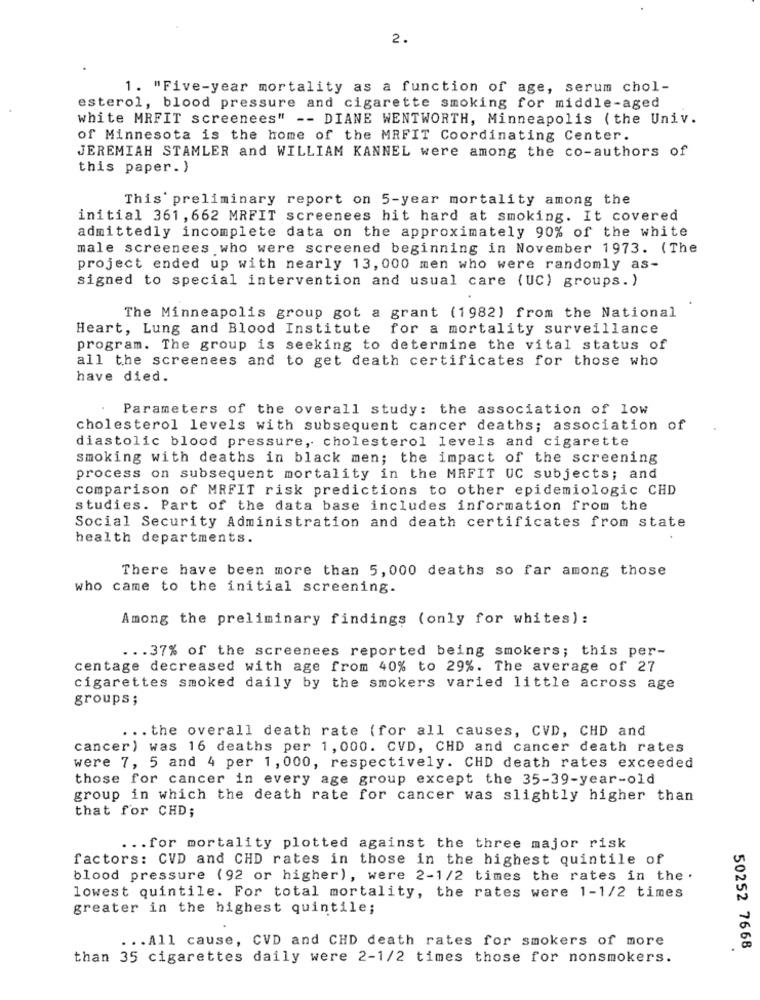
2.
1. "Five-year mortality as a function of age, serum chol-
esterol, blood pressure and cigarette smoking for middle-aged
white MRFIT screenees" -- DIANE WENTWORTH, Minneapolis ( the Univ.
of Minnesota is the home of the MRFIT Coordinating Center.
JEREMIAH STAMLER and WILLIAM KANNEL were among the co-authors of
this paper. )
This' preliminary report on 5-year mortality among the
initial 361, 662 MRFIT screenees hit hard at smoking. It covered
admittedly incomplete data on the approximately 90% of the white
male screenees who were screened beginning in November 1973. (The
project ended up with nearly 13, 000 men who were randomly as-
signed to special intervention and usual care (UC) groups. )
The Minneapolis group got a grant (1982) from the National
Heart, Lung and Blood Institute for a mortality surveillance
program. The group is seeking to determine the vital status of
all the screenees and to get death certificates for those who
have died.
Parameters of the overall study: the association of low
cholesterol levels with subsequent cancer deaths; association of
diastolic blood pressure, cholesterol levels and cigarette
smoking with deaths in black men; the impact of the screening
process on subsequent mortality in the MRFIT UC subjects; and
comparison of MRFIT risk predictions to other epidemiologic CHD
studies. Part of the data base includes information from the
Social Security Administration and death certificates from state
health departments.
There have been more than 5, 000 deaths so far among those
who came to the initial screening.
Among the preliminary findings (only for whites):
... 37% of the screenees reported being smokers; this per-
centage decreased with age from 40% to 29%. The average of 27
cigarettes smoked daily by the smokers varied little across age
groups;
... the overall death rate (for all causes, CVD, CHD and
cancer) was 16 deaths per 1, 000. CVD, CHD and cancer death rates
were 7, 5 and 4 per 1, 000, respectively. CHD death rates exceeded
those for cancer in every age group except the 35-39-year-old
group in which the death rate for cancer was slightly higher than
that for CHD;
... for mortality plotted against the three major risk
factors: CVD and CHD rates in those in the highest quintile of
blood pressure (92 or higher), were 2-1/2 times the rates in the .
lowest quintile. For total mortality, the rates were 1-1/2 times
greater in the highest quintile;
... All cause, CVD and CHD death rates for smokers of more
50252 7668
than 35 cigarettes daily were 2-1/2 times those for nonsmokers.